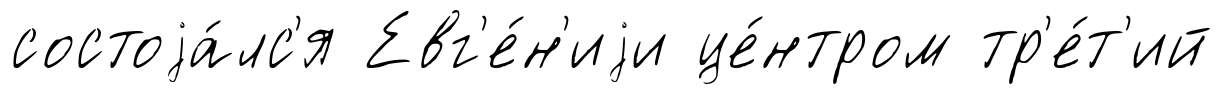
состоjа́лс'я Евг'е́н'иjи це́нтром тр'е́т'ий